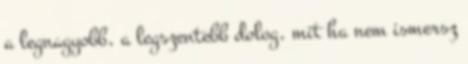
a legnagyobb, a legszentebb dolog, mit ha nem ismersz